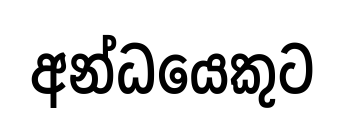
අන්ධයෙකුට